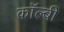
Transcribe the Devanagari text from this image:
कॉल्बी